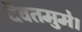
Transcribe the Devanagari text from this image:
दैवतमुमे।